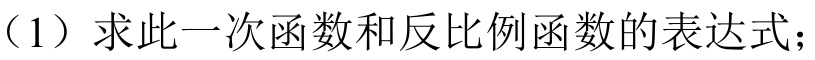
（1）求此一次函数和反比例函数的表达式；